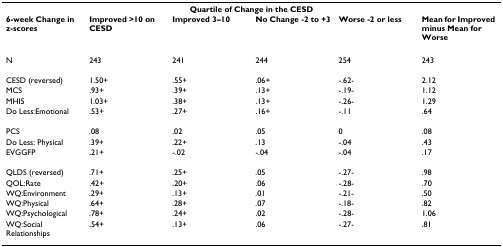
| <COLSPAN=6> Quartile of Change in the CESD |
 | 6-week Change in z-scores | Improved >10 on CESD | Improved 3–10 | No Change -2 to +3 | Worse -2 or less | Mean for Improved minus Mean for Worse |
 | --- | --- | --- | --- | --- | --- |
 | N | 243 | 241 | 244 | 254 | 243 |
 | CESD (reversed) | 1.50+ | .55+ | .06+ | -.62- | 2.12 |
 | MCS | .93+ | .39+ | .13+ | -.19- | 1.12 |
 | MHI5 | 1.03+ | .38+ | .13+ | -.26- | 1.29 |
 | Do Less:Emotional | .53+ | .27+ | .16+ | -.11 | .64 |
 | PCS | .08 | .02 | .05 | 0 | .08 |
 | Do Less: Physical | .39+ | .22+ | .13 | -.04 | .43 |
 | EVGGFP | .21+ | -.02 | -.04 | -.04 | .17 |
 | QLDS (reversed) | .71+ | .25+ | .05 | -.27- | .98 |
 | QOL:Rate | .42+ | .20+ | .06 | -.28- | .70 |
 | WQ:Environment | .29+ | .13+ | .01 | -.21- | .50 |
 | WQ:Physical | .64+ | .28+ | .07 | -.18- | .82 |
 | WQ:Psychological | .78+ | .24+ | .02 | -.28- | 1.06 |
 | WQ:Social Relationships | .54+ | .13+ | .06 | -.27- | .81 |